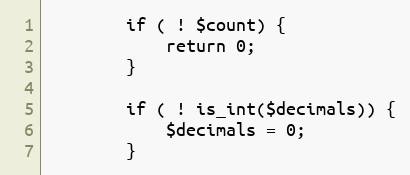
Language: PHP
        if ( ! $count) {
            return 0;
        }

        if ( ! is_int($decimals)) {
            $decimals = 0;
        }